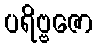
ပရိဗ္ဗဇော